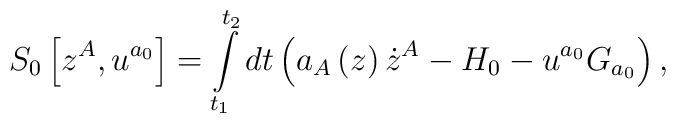
S_{0}\left[ z^{A},u^{a_{0}}\right] =\int\limits_{t_{1}}^{t_{2}}dt\left(a_{A}\left( z\right) \dot{z}^{A}-H_{0}-u^{a_{0}}G_{a_{0}}\right) ,